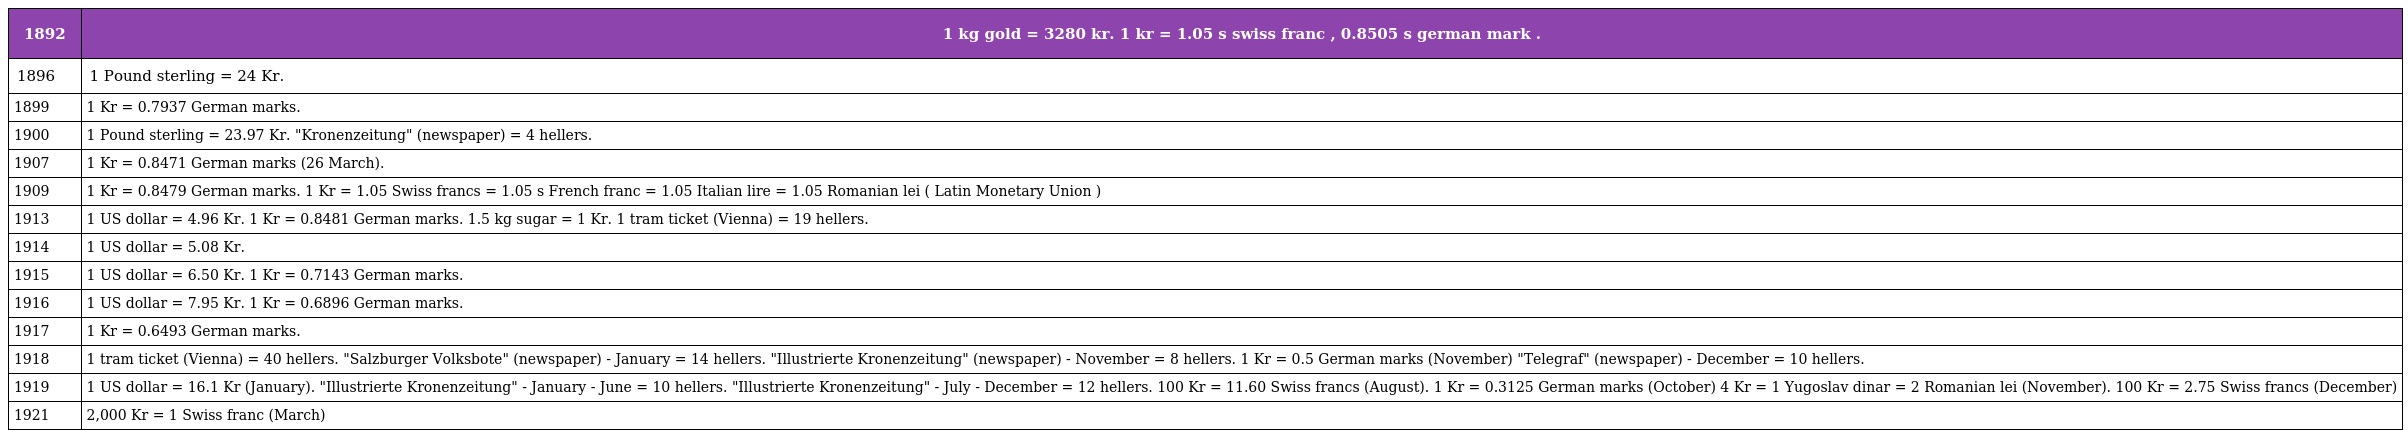
| 1892 | 1 kg gold = 3280 kr. 1 kr = 1.05 s swiss franc , 0.8505 s german mark . |
 | --- | --- |
 | 1896 | 1 Pound sterling = 24 Kr. |
 | 1899 | 1 Kr = 0.7937 German marks. |
 | 1900 | 1 Pound sterling = 23.97 Kr. "Kronenzeitung" (newspaper) = 4 hellers. |
 | 1907 | 1 Kr = 0.8471 German marks (26 March). |
 | 1909 | 1 Kr = 0.8479 German marks. 1 Kr = 1.05 Swiss francs = 1.05 s French franc = 1.05 Italian lire = 1.05 Romanian lei ( Latin Monetary Union ) |
 | 1913 | 1 US dollar = 4.96 Kr. 1 Kr = 0.8481 German marks. 1.5 kg sugar = 1 Kr. 1 tram ticket (Vienna) = 19 hellers. |
 | 1914 | 1 US dollar = 5.08 Kr. |
 | 1915 | 1 US dollar = 6.50 Kr. 1 Kr = 0.7143 German marks. |
 | 1916 | 1 US dollar = 7.95 Kr. 1 Kr = 0.6896 German marks. |
 | 1917 | 1 Kr = 0.6493 German marks. |
 | 1918 | 1 tram ticket (Vienna) = 40 hellers. "Salzburger Volksbote" (newspaper) - January = 14 hellers. "Illustrierte Kronenzeitung" (newspaper) - November = 8 hellers. 1 Kr = 0.5 German marks (November) "Telegraf" (newspaper) - December = 10 hellers. |
 | 1919 | 1 US dollar = 16.1 Kr (January). "Illustrierte Kronenzeitung" - January - June = 10 hellers. "Illustrierte Kronenzeitung" - July - December = 12 hellers. 100 Kr = 11.60 Swiss francs (August). 1 Kr = 0.3125 German marks (October) 4 Kr = 1 Yugoslav dinar = 2 Romanian lei (November). 100 Kr = 2.75 Swiss francs (December) |
 | 1921 | 2,000 Kr = 1 Swiss franc (March) |